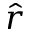
\hat { r }